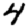
Digit: 4